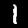
Digit: 1